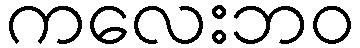
ကလေးဘဝ